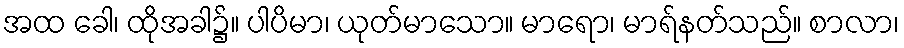
အထ ခေါ၊ ထိုအခါ၌။ ပါပိမာ၊ ယုတ်မာသော။ မာရော၊ မာရ်နတ်သည်။ စာလာ၊